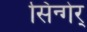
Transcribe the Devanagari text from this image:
सिन्गेर्